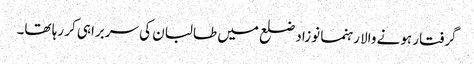
گرفتار ہونے والا رہنما نوزاد ضلع میں طالبان کی سربراہی کر رہا تھا۔